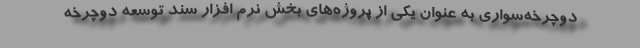
دوچرخه‌سواری به عنوان یکی از پروژه‌های بخش نرم افزار سند توسعه دوچرخه